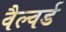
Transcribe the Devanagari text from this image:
वैल्वर्ड